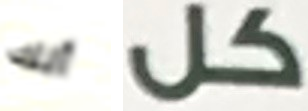
أنك كل